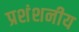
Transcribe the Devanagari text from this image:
प्रशंशनीय